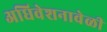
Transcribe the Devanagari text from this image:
अधिवेशनावेळी